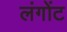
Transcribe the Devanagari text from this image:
लंगोंट